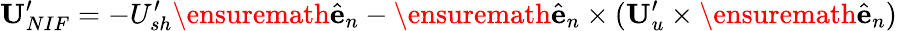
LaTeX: \mathbf{U}_{NIF}^{\prime}=-U_{sh}^{\prime}\ensuremath{\hat{\mathbf{e}}}_{n}-\ensuremath{\hat{\mathbf{e}}}_{n}\times(\mathbf{U}_{u}^{\prime}\times\ensuremath{\hat{\mathbf{e}}}_{n})